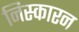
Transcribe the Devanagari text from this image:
निस्कारन